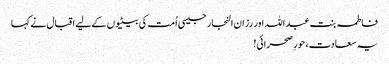
فاطمہ بنت عبد اللہ اور رزان النجار جیسی اُمت کی بیٹیوں کے لیے اقبال نے کہا
یہ سعادت، حورِ صحرائی!